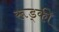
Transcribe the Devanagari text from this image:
रूड्की